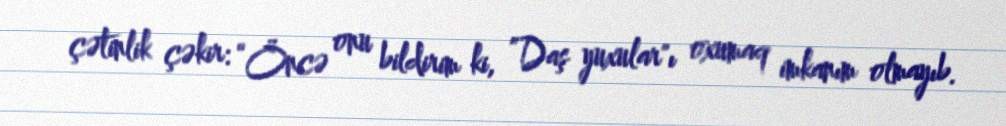
çətinlik çəkir: “Öncə onu bildirim ki, ”Daş yuxular"ı oxumaq imkanım olmayıb.